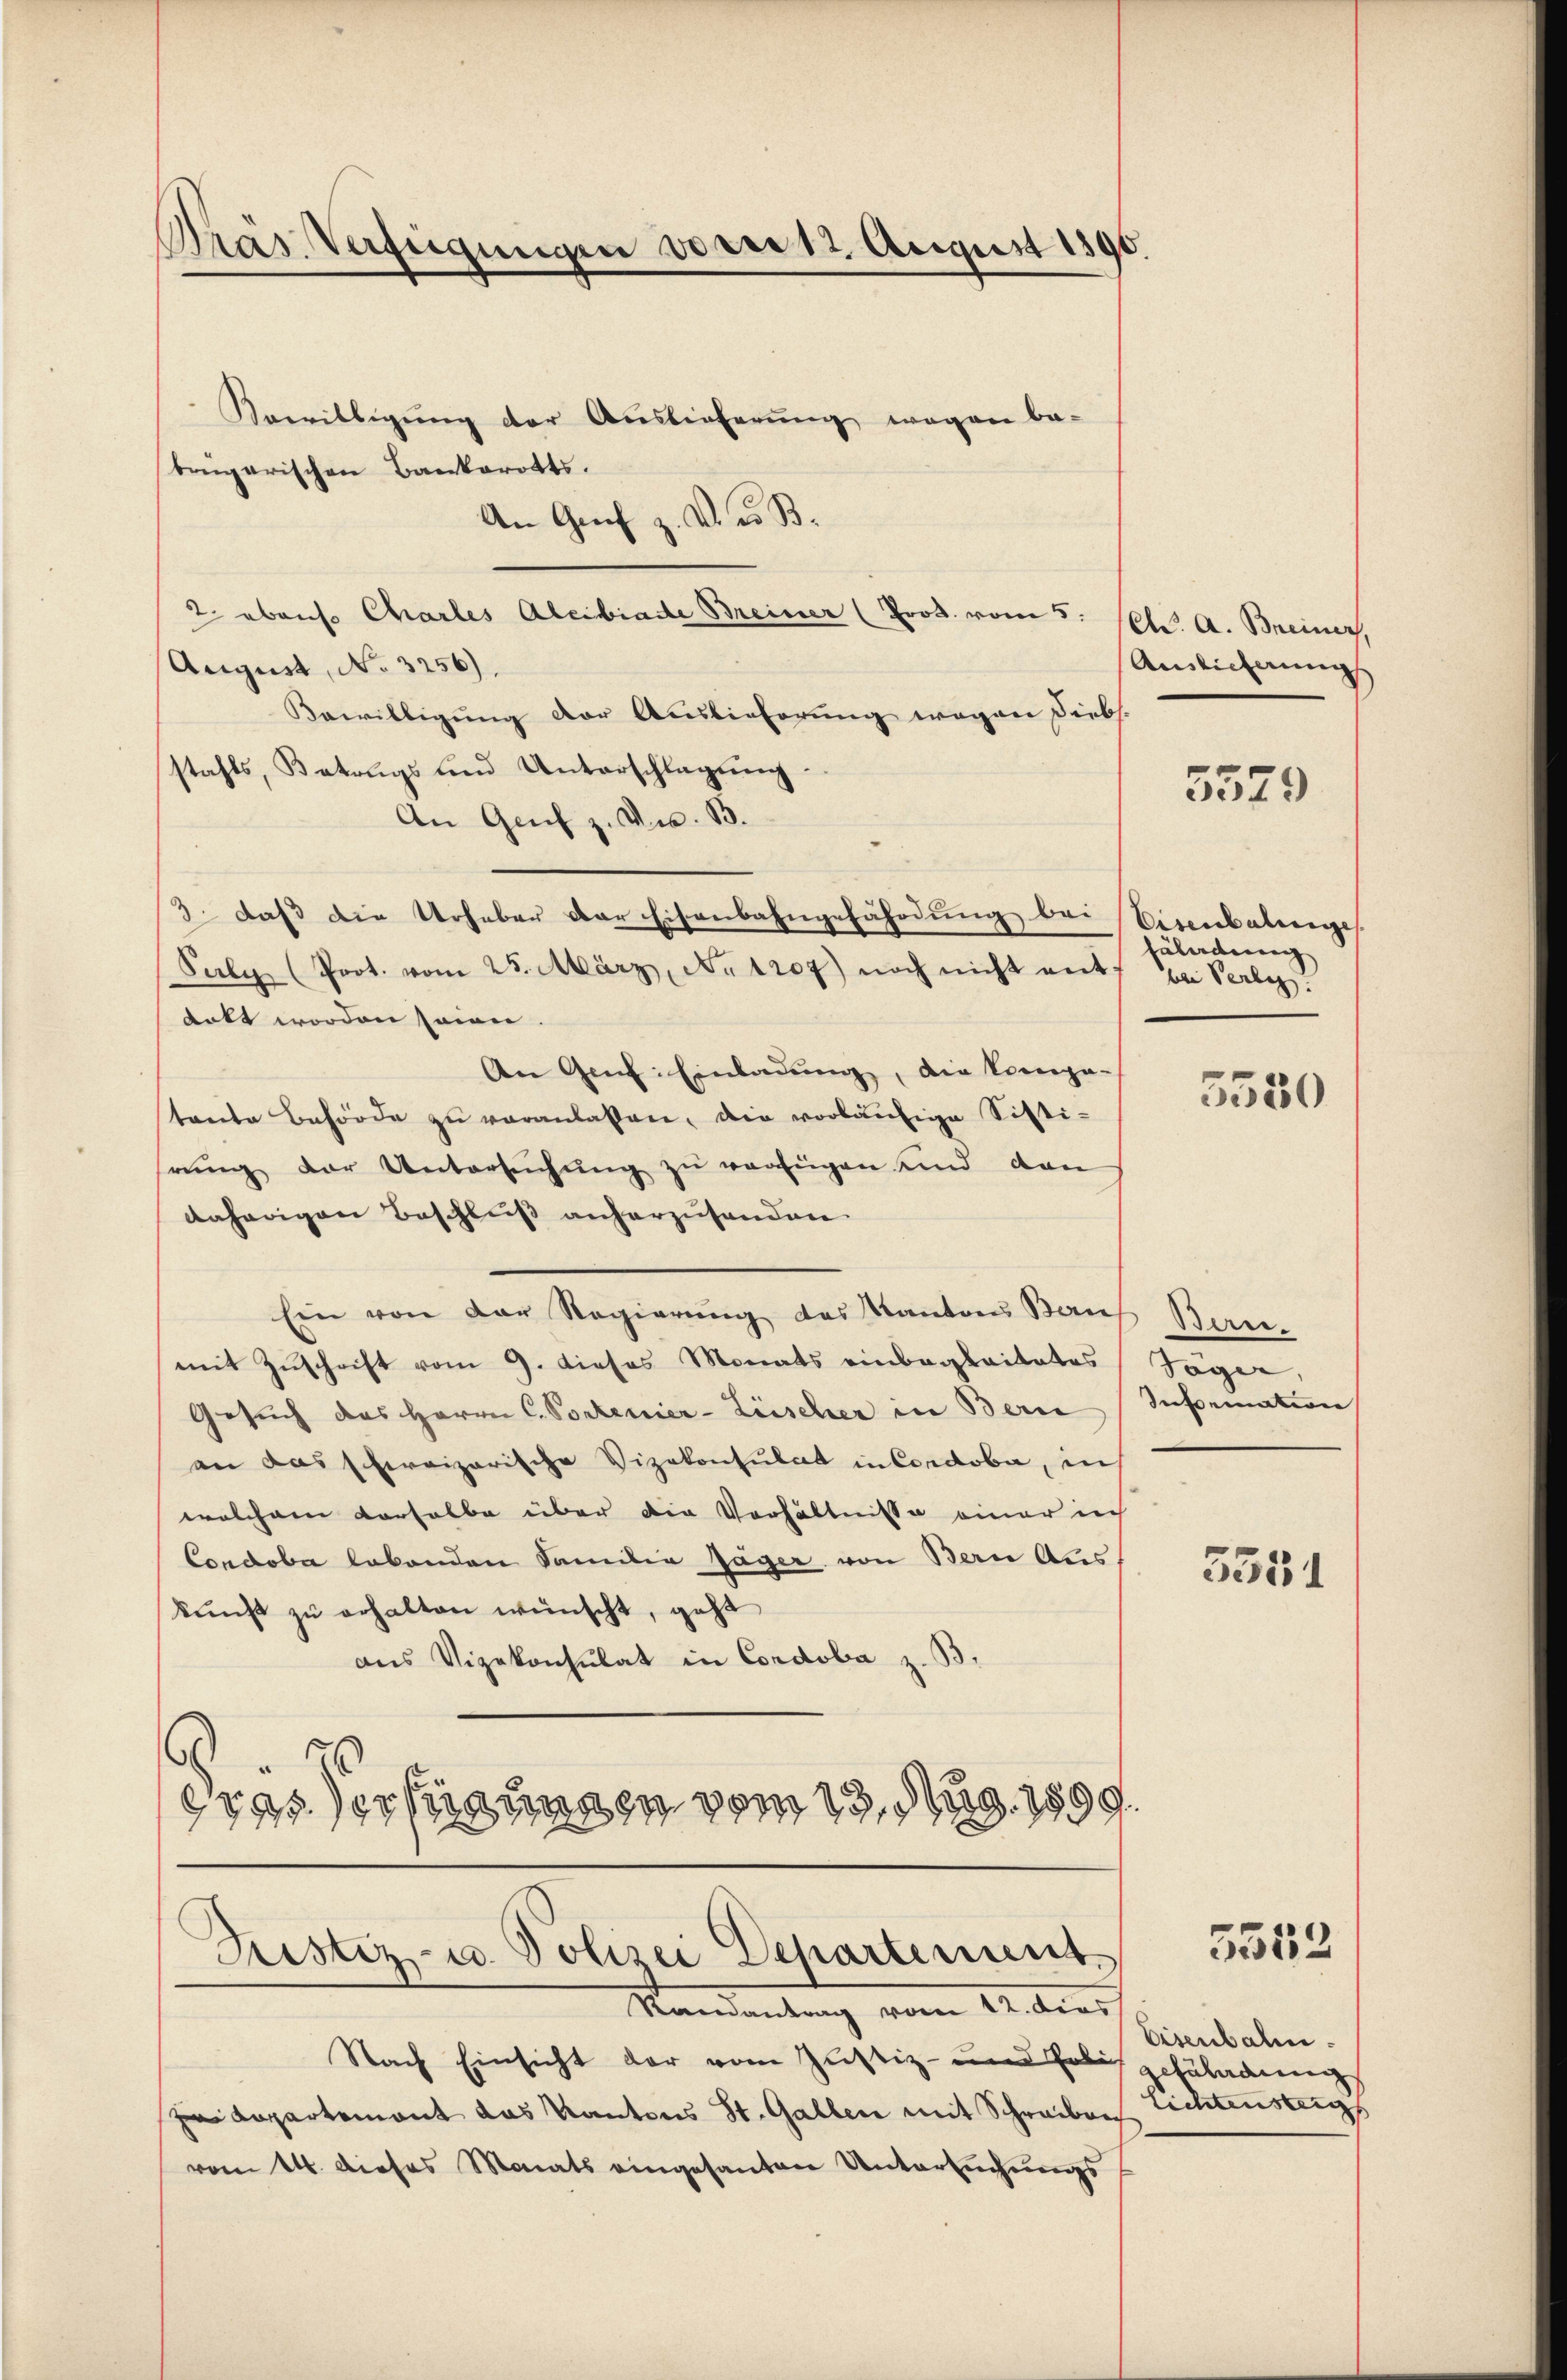
Prás Verfügungen vom 12. August 1890.

Koerittigung der Auslieferung wegen be-
brugarischen Bankerotts.
An Greif z. V. u. B.
2 ebenso Charles Alibiade Meiner (Prod. vom 5. (Ct. A. Breiner,
August, No 3256).
Bewilligung der Auslieferung wegen Diebs.
stahls, Betrags und Unterschlagung.
An Genf z. Dr. B.
3. daß die Urheber der Eisenbahngefährdung bei Eisenbahrenge
Salz (Prot. vom 25. März, No 1207) noch nicht mit bei Verleg
erkt worden seien.
An Genf Einladung, die Compa-
tante Behörde zŭ veranlassen, die vorläŭfige Sisti-
rung der Untersuchung zu verfügen und den
daherigen Beschluß anherzusenden
Ein von der Regierung des Kantons Kauf Seren
mit Zuschrift vom 9. dieses Monats einbeglaitates
Gesuch des Herrn C. Portenier-Lüscher in Bern
an das schweizerische Vizekonsulat in Cordobe, in
welchem derselbe über die Verhältnisse einer in
Condoba lebenden Familie Jäger von Bau Aus
kŭnft zu erhalten wünscht, geht
aus Vizekonsulat in Condoba z. B.
6
8385) erfügungen vom 13. Mag. 1899.

Justiz- u. Polizei Dehartement
Mandantung vom 14. dies

Nach Einsicht der vom Justiz- und Hobis gefüladung
zwei Repartemont das Kantons St. Gallen mit Schreiben
vom 14. dieses Monats eingesanten Untersuchungs

Auslicherung

5579

täladung

5550

Täger,
Insemation

5551

5552

Eisenbahn.
richtensteiges |